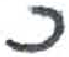
אות: כ